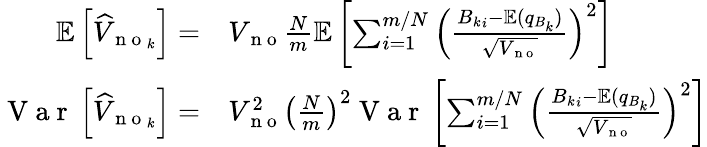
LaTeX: \begin{array}{rl}{\mathbb{E}\left[\widehat{V}_{\mathrm{~n~o~}_{k}}\right]=}&{{}V_{\mathrm{~n~o~}}\frac{N}{m}\mathbb{E}\left[\sum_{i=1}^{m/N}\left(\frac{{B_{k}}_{i}-\mathbb{E}(q_{B_{k}})}{\sqrt{V_{\mathrm{~n~o~}}}}\right)^{2}\right]}\\ {\mathrm{~V~a~r~}\left[\widehat{V}_{\mathrm{~n~o~}_{k}}\right]=}&{{}V_{\mathrm{~n~o~}}^{2}\left(\frac{N}{m}\right)^{2}\mathrm{~V~a~r~}\left[\sum_{i=1}^{m/N}\left(\frac{{B_{k}}_{i}-\mathbb{E}(q_{B_{k}})}{\sqrt{V_{\mathrm{~n~o~}}}}\right)^{2}\right]}\end{array}